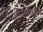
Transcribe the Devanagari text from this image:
ब्राम्हणांचें